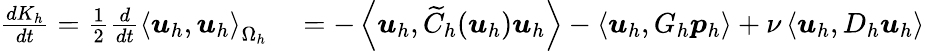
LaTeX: \begin{array}{rl}{\frac{dK_{h}}{dt}=\frac{1}{2}\frac{d}{dt}\left<\boldsymbol{u}_{h},\boldsymbol{u}_{h}\right>_{\Omega_{h}}}&{{}=-\left<\boldsymbol{u}_{h},\widetilde{C}_{h}(\boldsymbol{u}_{h})\boldsymbol{u}_{h}\right>-\left<\boldsymbol{u}_{h},G_{h}\boldsymbol{p}_{h}\right>+\nu\left<\boldsymbol{u}_{h},D_{h}\boldsymbol{u}_{h}\right>}\end{array}